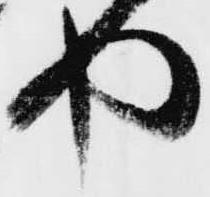
や